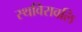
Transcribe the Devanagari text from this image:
स्थविरावलि